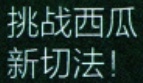
挑战西瓜

新切法！